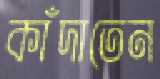
কাঁদাতেন